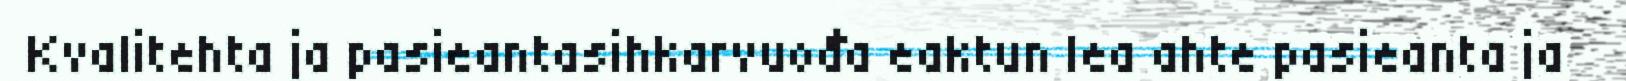
Kvalitehta ja pasieantasihkarvuođa eaktun lea ahte pasieanta ja